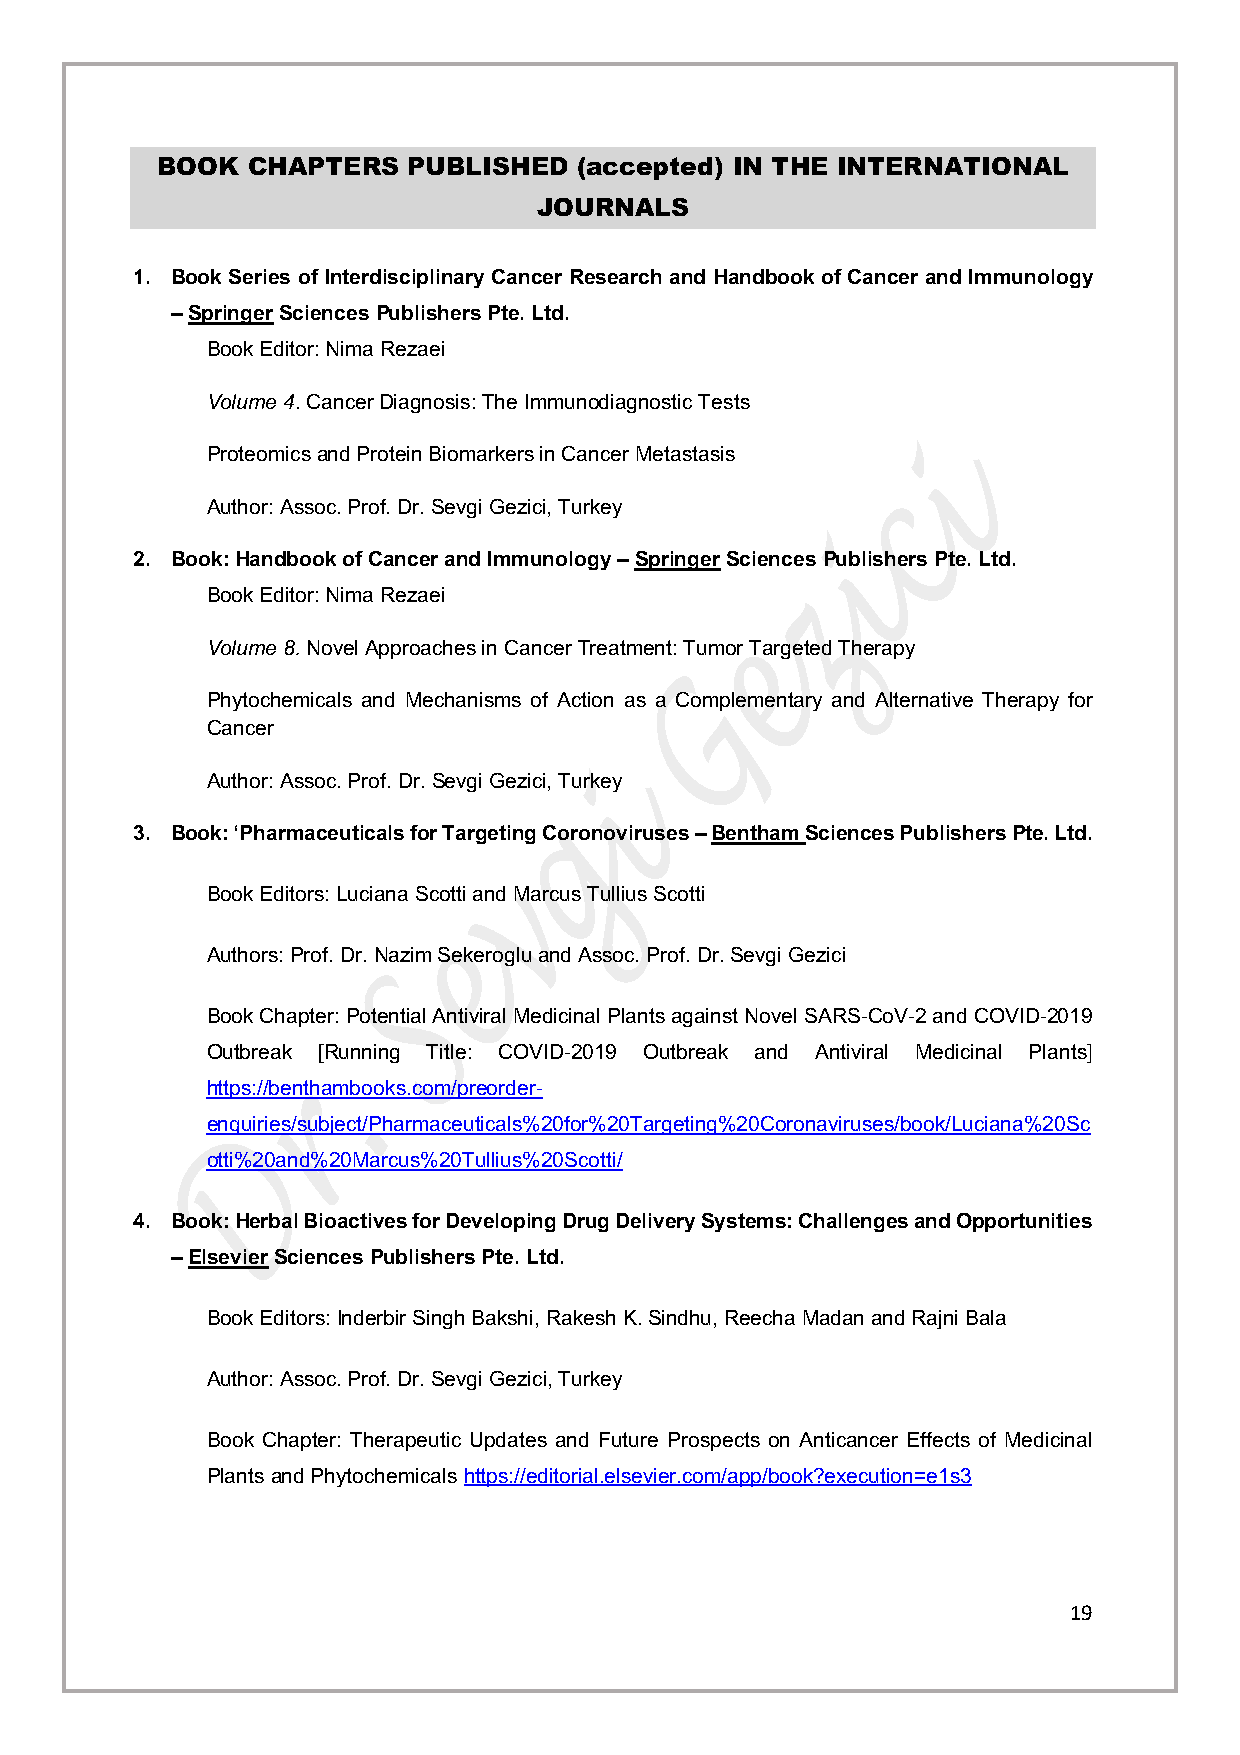
BOOK  CHAPTERS   PUBLISHED  (accepted) IN THE INTERNATIONAL
 JOURNALS
 1. Book Series of Interdisciplinary Cancer Research and Handbook of Cancer and Immunology
 – Springer Sciences Publishers Pte. Ltd.
 Book Editor: Nima Rezaei
 Volume 4. Cancer Diagnosis: The Immunodiagnostic Tests
 Proteomics and Protein Biomarkers in Cancer Metastasis
 Author: Assoc. Prof. Dr. Sevgi Gezici, Turkey
 2. Book: Handbook of Cancer and Immunology – Springer Sciences Publishers Pte. Ltd.
 Book Editor: Nima Rezaei
 Volume 8. Novel Approaches in Cancer Treatment: Tumor Targeted Therapy
 Phytochemicals and Mechanisms of Action as a Complementary and Alternative Therapy for
 Cancer
 Author: Assoc. Prof. Dr. Sevgi Gezici, Turkey
 3. Book: ‘Pharmaceuticals for Targeting Coronoviruses – Bentham Sciences Publishers Pte. Ltd.
 Book Editors: Luciana Scotti and Marcus Tullius Scotti
 Authors: Prof. Dr. Nazim Sekeroglu and Assoc. Prof. Dr. Sevgi Gezici
 Book Chapter: Potential Antiviral Medicinal Plants against Novel SARS-CoV-2 and COVID-2019
 Outbreak [Running Title: COVID-2019 Outbreak and Antiviral Medicinal Plants]
 https://benthambooks.com/preorder-
 enquiries/subject/Pharmaceuticals%20for%20Targeting%20Coronaviruses/book/Luciana%20Sc
 otti%20and%20Marcus%20Tullius%20Scotti/
 4. Book: Herbal Bioactives for Developing Drug Delivery Systems: Challenges and Opportunities
 – Elsevier Sciences Publishers Pte. Ltd.
 Book Editors: Inderbir Singh Bakshi, Rakesh K. Sindhu, Reecha Madan and Rajni Bala
 Author: Assoc. Prof. Dr. Sevgi Gezici, Turkey
 Book Chapter: Therapeutic Updates and Future Prospects on Anticancer Effects of Medicinal
 Plants and Phytochemicals https://editorial.elsevier.com/app/book?execution=e1s3
 19